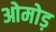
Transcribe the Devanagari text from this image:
ओमोड़